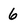
Character: 6